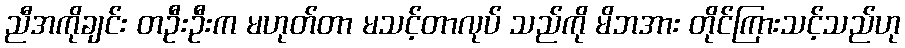
ညီအကိုချင်း တဦးဦးက မဟုတ်တာ မသင့်တာလုပ် သည်ကို မိဘအား တိုင်ကြားသင့်သည်ဟု